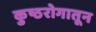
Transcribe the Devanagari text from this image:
कुष्ठरोगातून